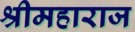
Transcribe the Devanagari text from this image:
श्रीमहाराज